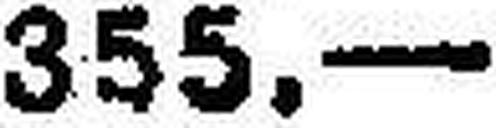
355.—